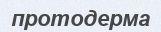
протодерма